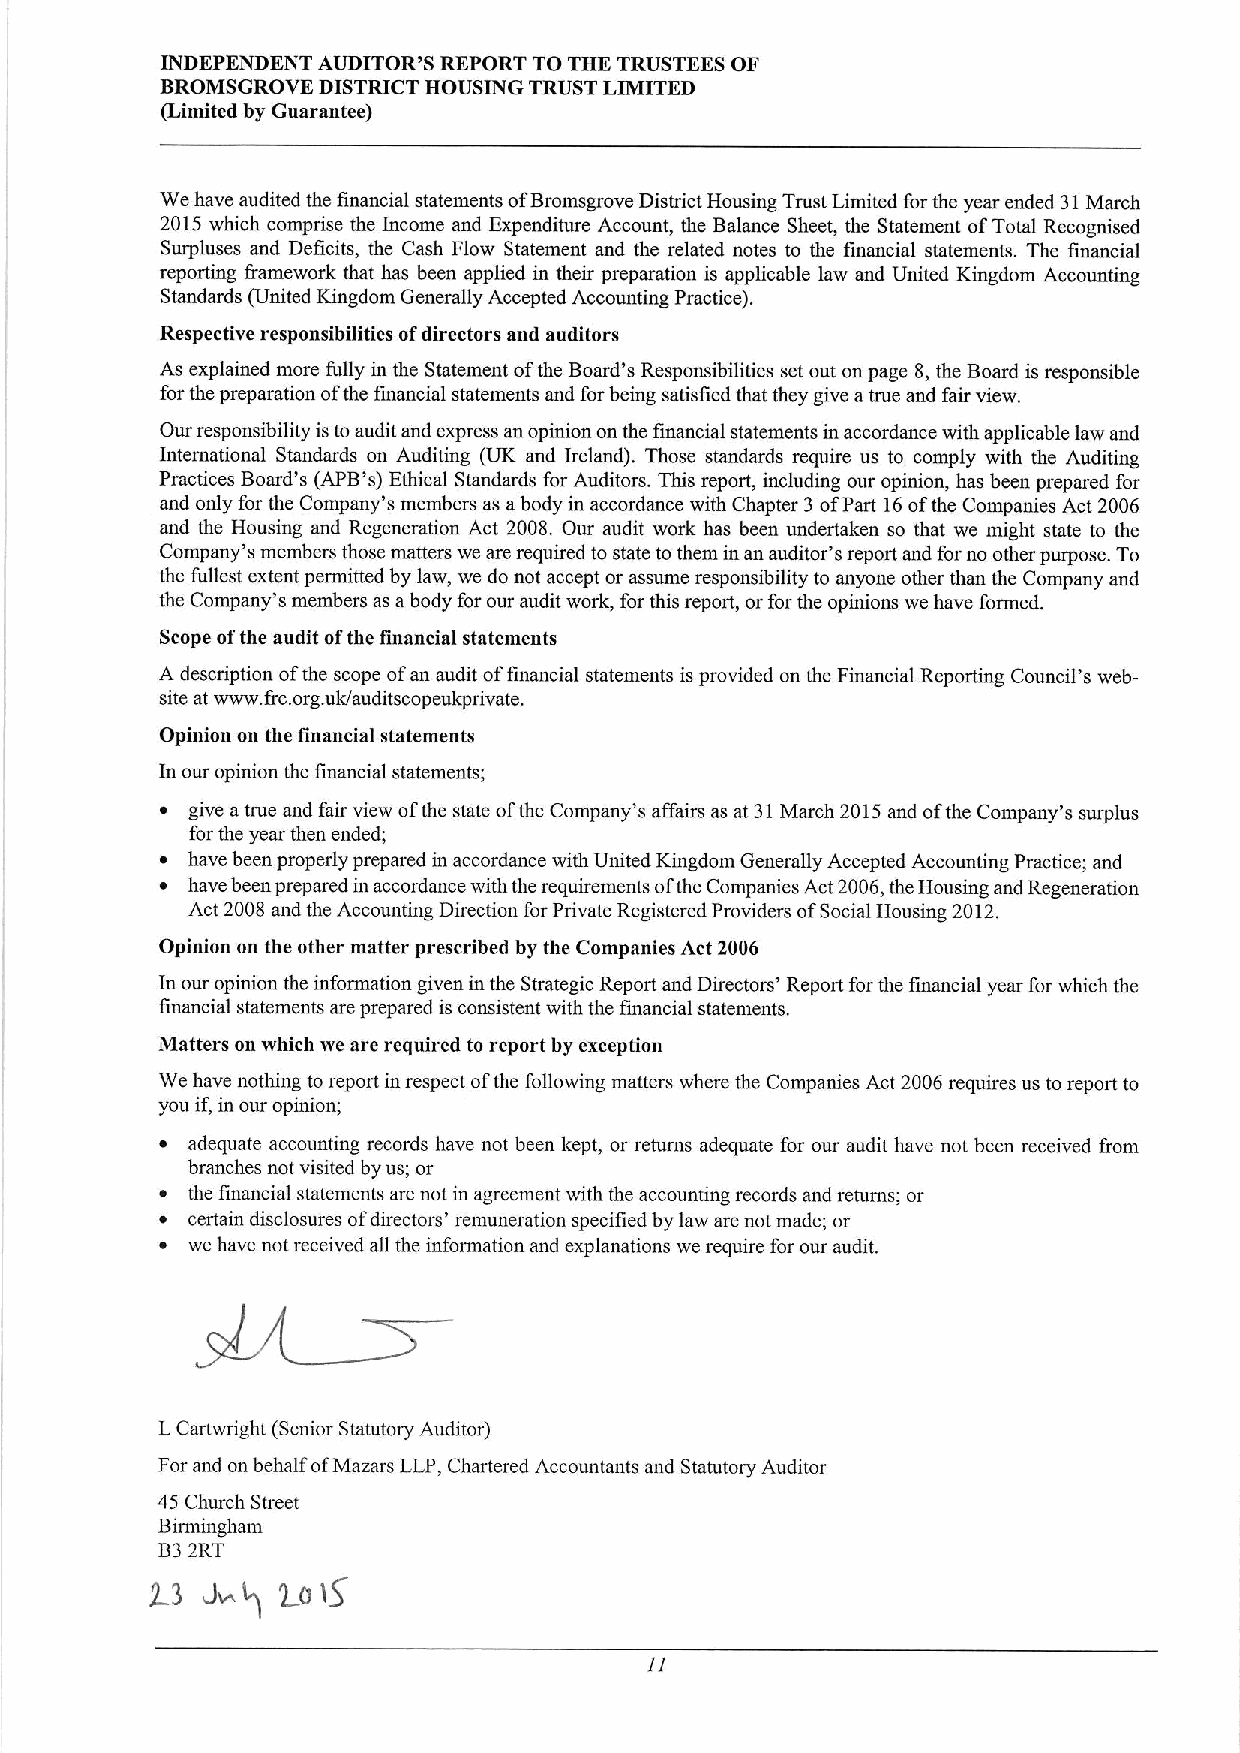
INDEPENDENT AUDITOR'S REPORT TO THE TRUSTEES OF
 BROMSGROVE DISTRICT HOUSING TRUST LIMITED
 (Limited by Guarantee)
 We have audited the financial statements ofBromsgrove District Housing Trust Limited for the year ended 31March
 2015 which comprise the Income and Expenditure Account, the Balance Sheet, the Statement ofTotal Recognised
 Surpluses and Deficits, the Cash Flow Statement and the related notes to the financial statements. The financial
 reporting &amework that has been applied in their preparation is applicable law and United Kingdom Accounting
 Standards (United Kingdom Generally Accepted Accounting Practice).
 Respective responsibilities ofdirectors and auditors
 As explained more fully in the Statement ofthe Board's Responsibilities set out on page 8, the Board is responsible
 for the preparation ofthe financial statements and forbeing satisfied that they give atrue and fair view.
 Our responsibility istoaudit and express an opinion on the financial statements in accordance with applicable law and
 International Standards on Auditing (UK and Ireland). Those standards require us to comply with the Auditing
 Practices Board's (APB's) Ethical Standards for Auditors. This report, including our opinion, has been prepared for
 and only for the Company's members as abody in accordance with Chapter 3ofPart 16ofthe Companies Act 2006
 and the Housing and Regeneration Act 2008. Our audit work has been undertaken so that we might state to the
 Company's members those matters we are required to state to them in an auditor's report and forno other purpose. To
 the fullest extent permitted by law, we do not accept or assume responsibility to anyone other than the Company and
 the Company's members as abody for our audit work, for this report, or for the opinions we have formed.
 Scope ofthe audit ofthe financial statements
 A description ofthe scope ofan audit offinancial statements is provided on the Financial Reporting Council's web-
 site at www. &c.org.uk/auditscopeukprivate.
 Opinion on the financial statements
 In our opinion the financial statements;
 ~ give atrue and fair view ofthe state ofthe Company's affairs as at 31March 2015and ofthe Company's surplus
 for the year then ended;
 ~ have been properly prepared in accordance with United Kingdom Generally Accepted Accounting Practice; and
 ~ have been prepared in accordance with the requirements ofthe Companies Act 2006,the Housing and Regeneration
 Act 2008 and the Accounting Direction for Private Registered Providers ofSocial Housing 2012.
 Opinion on the other matter prescribed by the Companies Act 2006
 In our opinion the information given in the Strategic Report and Directors' Report for the financial year for which the
 financial statements are prepared is consistent with the financial statements.
 Matters on which we are required to report by exception
 We have nothing to report in respect ofthe following matters where the Companies Act 2006 requires us toreport to
 you if, in our opinion;
 ~ adequate accounting records have not been kept, or returns adequate for our audit have not been received from
 branches not visited by us; or
 ~ the financial statements are not in agreement with the accounting records and returns; or
 ~ certain disclosures ofdirectors' remuneration specified by law are not made; or
 ~ we have not received all the information and explanations we require for our audit.
 LCartwright (Senior Statutory Auditor)
 For and on behalf ofMazars LLP, Chartered Accountants and Statutory Auditor
 45 Church Street
 Birmingham
 B32RT
 J~g  'Log
 2 3